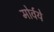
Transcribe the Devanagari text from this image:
मोर्वये